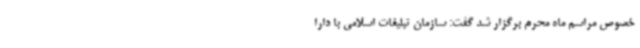
خصوص مراسم‌ ماه محرم برگزار شد گفت: سازمان تبلیغات اسلامی با دارا